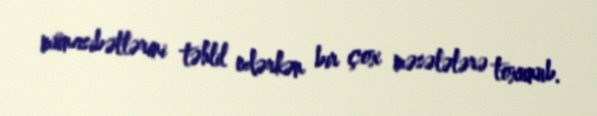
münasibətlərini təhlil edərkən bir çox məsələlərə toxunub.